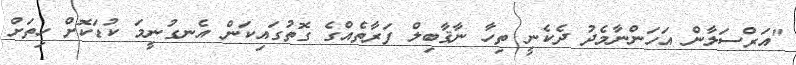
"އަރްސަލާން އަހަންނާމެދު ދެކެނީ ތިހާ ނާޤާބިލް ފަރާތެއްގެ ގޮތުގައިކަން އެނގުނީމަ ކުޑަކޮށް ހިތަށް